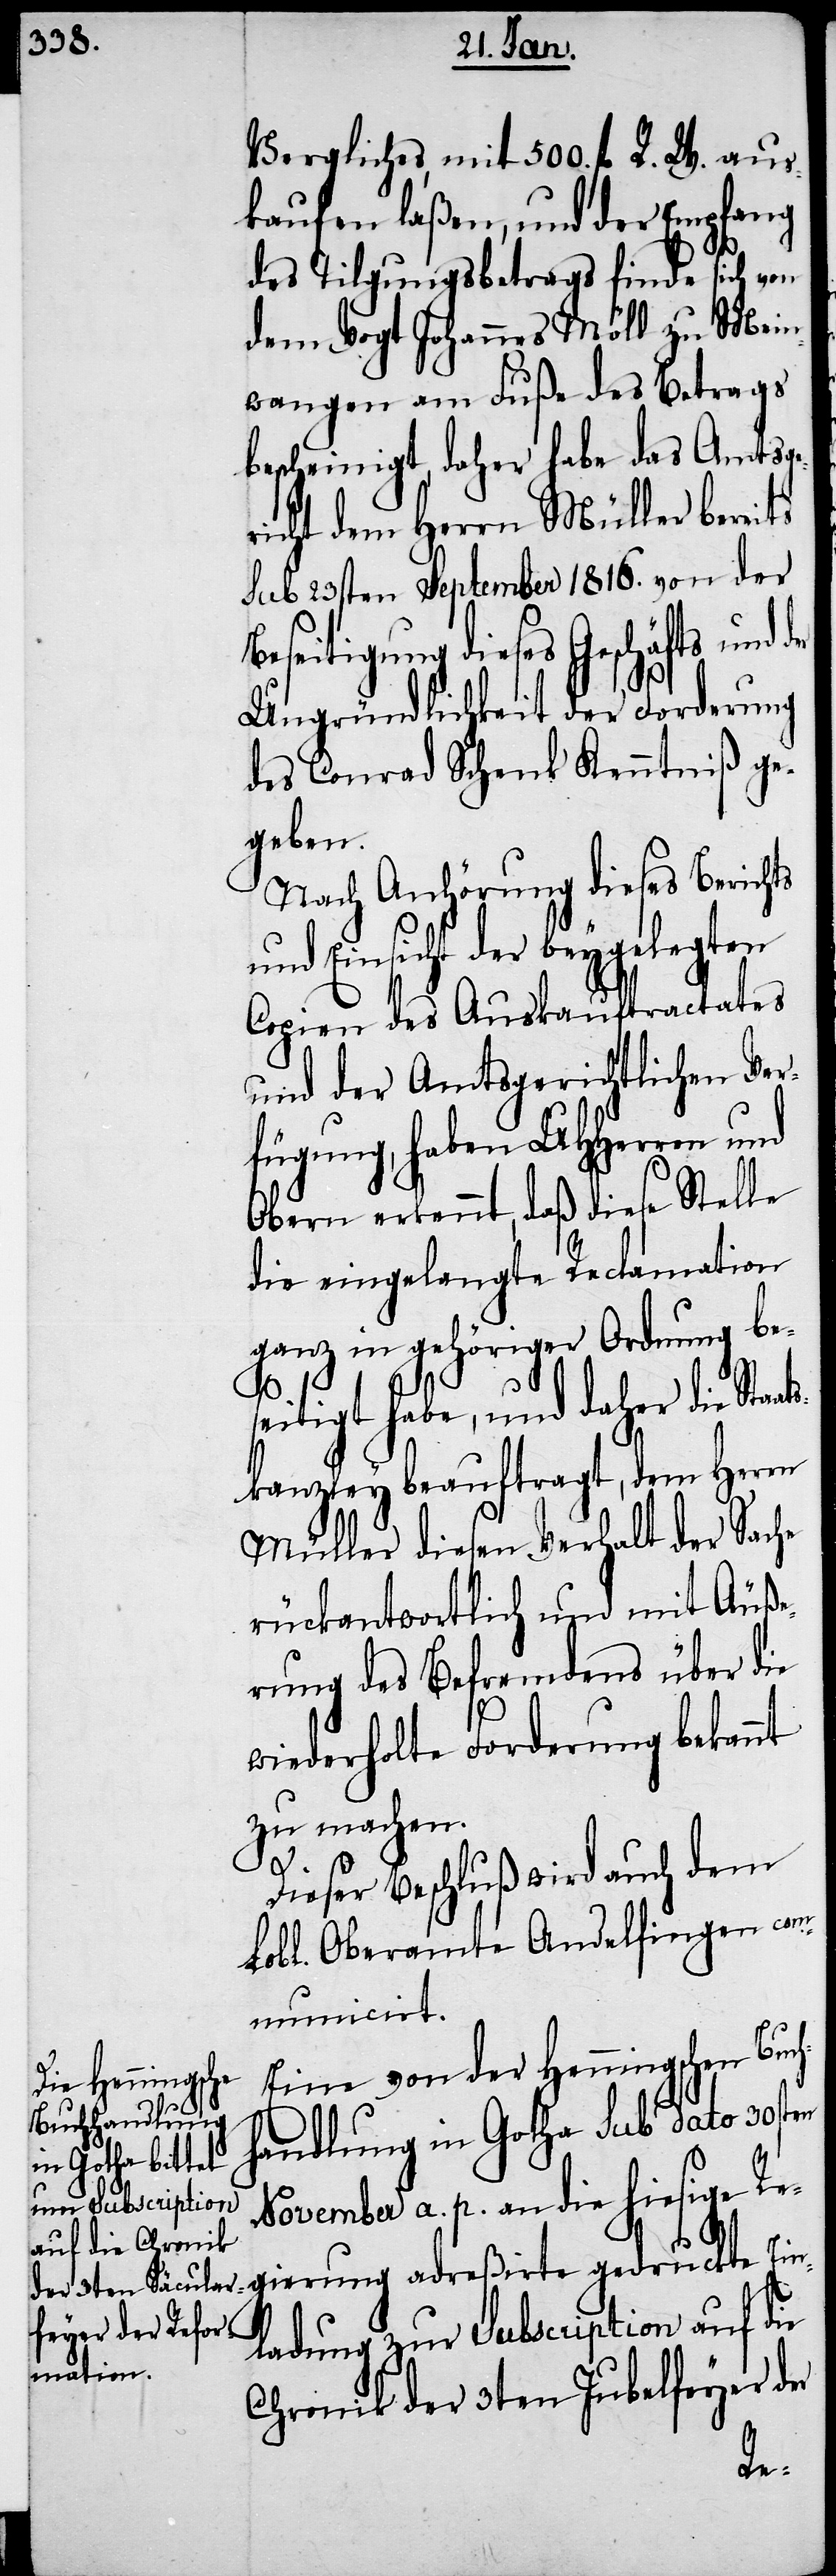
Vergliches, mit 500. fl. R. W. aus¬
kaufen laßen, und der Empfang
des Tilgungsbetrags finde sich von
dem Vogt Johannes Möll zu Mein¬
wangen am Fuße des Betrags
bescheinigt, daher habe das Amtsge¬
richt dem Herrn Müller bereits
sub 23sten September 1816. von der
Beseitigung dieses Geschäfts und
Ungründlichkeit der Forderung
des Conrad Schenk Kenntniß ge¬
geben.
Nach Anhörung dieses Berichts
nd Einsicht der beygelegten
Copien des Auskauftractates
und der Amtsgerichtlichen Ver¬
fügung, haben UHHerren und
Obern erkannt, daß diese Stelle
die eingelangte Reclamation
ganz in gehöriger Ordnung be¬
seitigt habe, und daher die Staa¬
kanzley beauftragt, dem Herrn
Müller diesen Verhalt der Sache
rückantwortlich und mit Äuße¬
rung des Befremdens über die
wiederholte Forderung bekannt
zu machen.
Dieser Beschluß wird auch dem
Lobl. Oberamte Andelfingen com¬
municirt.
Eine von der Henningschen Buch¬
handlung in Gotha sub dato 30sten
November a. p. an die hiesige Re¬
gierung adreßirte gedruckte Ein¬
ladung zur Subscription auf die
Chronik der 3ten Jubelfeyer der
ts¬